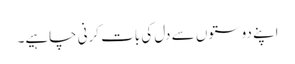
اپنے دوستوں سے دل کی بات کرنی چاہیے۔